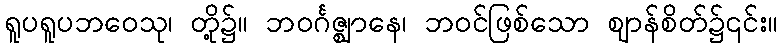
ရူပရူပဘဝေသု၊ တို့၌။ ဘဝင်္ဂဇ္ဈာနေ၊ ဘဝင်ဖြစ်သော ဈာန်စိတ်၌၎င်း။